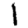
Digit: 1